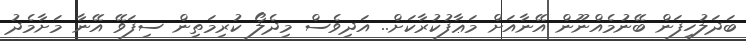
ބަދަލުހިފަން ބޭނުމެއްނޫން އޭނާއަށް މަޢާފުކުރާކަށް.. އަދިވެސް މިދެލޯ ކުރިމަތިން ސިފަވޭ އޭނާ މަށާމެދު